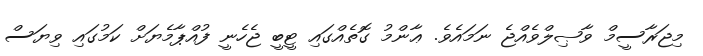
މިޖަރާސީމް ވާޞިލްވެއްޖެ ނަމައެވެ. ޢާންމު ގޮތެއްގައި ޓީބީ ޖެހެނީ ފުއްޕާމެޔަށް ކަމުގައި ވިޔަސް